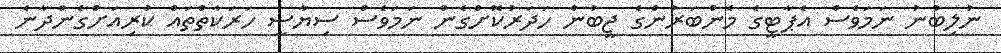
ނުލިބުނު ނަމަވެސް އެޕާޓީގެ މެންބަރުންގެ ޖީބުން ހަދަރުކޮށްގެން ނަމަވެސް ސިޔާސީ ހަރަކާތްތައް ކުރިއަށްގެންދާނެ